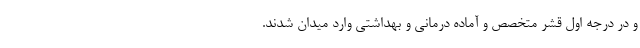
و در درجه اول قشر متخصص و آماده درمانی و بهداشتی وارد میدان شدند.